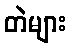
တဲများ